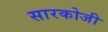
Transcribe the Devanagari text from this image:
सारकोजी